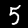
Label: 5